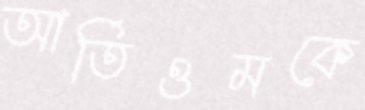
আর্তিওমকে